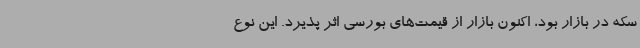
سکه در بازار بود، اکنون بازار از قیمت‌های بورسی اثر پذیرد. این نوع